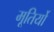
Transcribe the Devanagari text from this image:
मूतिर्यो